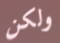
ولكن